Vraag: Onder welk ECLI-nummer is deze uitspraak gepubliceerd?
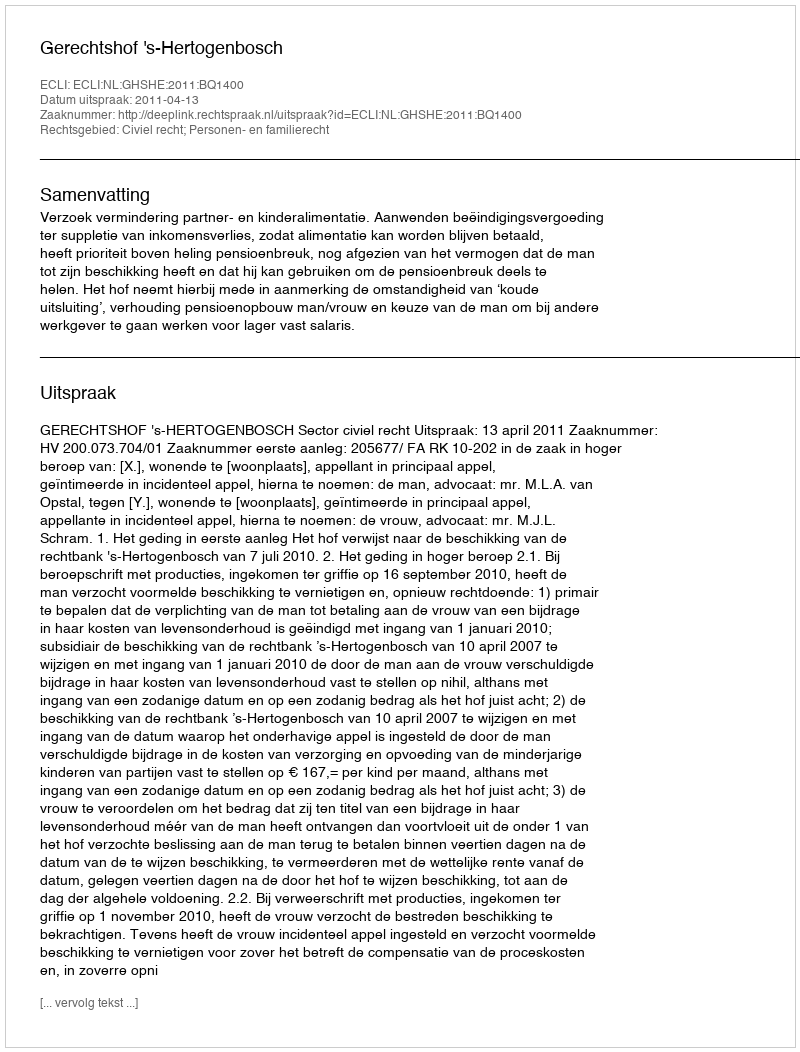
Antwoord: ECLI:NL:GHSHE:2011:BQ1400